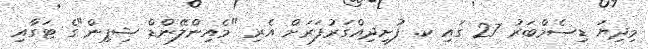
މިދިޔަ ޑިސެމްބަރު 27 ގައި ކ. ފުށިދިއްގަރުފަރަށް އެރި "މެއިންލޭންޑް ޝިޕިން"ގެ ޓަގާއި